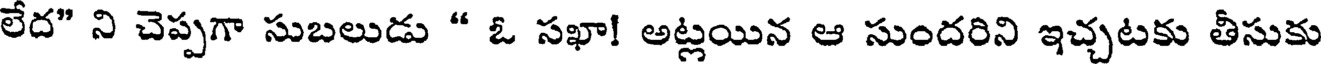
లేద" ని చెప్పగా సుబలుడు " ఓ సఖా! అట్లయిన ఆ సుందరిని ఇచ్చటకు తీసుకు